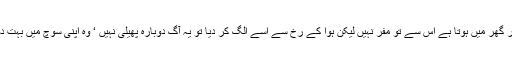
بھئی چولہا تو ہر گھر میں ہوتا ہے اس سے تو مفر نہیں لیکن ہوا کے رخ سے اسے الگ کر دیا تو یہ آگ دوبارہ پھیلی نہیں ‘ وہ اپنی سوچ میں بہت دور نکل گیا تھا۔